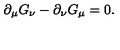
\partial _ { \mu } G _ { \nu } - \partial _ { \nu } G _ { \mu } = 0 .